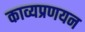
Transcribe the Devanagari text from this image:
काव्यप्रणयन